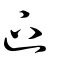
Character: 𨑜